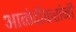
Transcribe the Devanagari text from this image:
आळंदीकरांनी